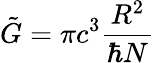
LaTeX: \tilde{G}=\pi c^{3}\frac{R^{2}}{\hbar N}